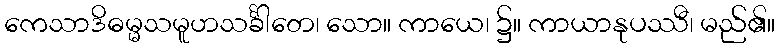
ကေသာဒိဓမ္မသမူဟသင်္ခါတေ၊ သော။ ကာယေ၊ ၌။ ကာယာနုပဿီ၊ မည်၏။